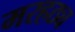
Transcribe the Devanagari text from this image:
मरहठ्य